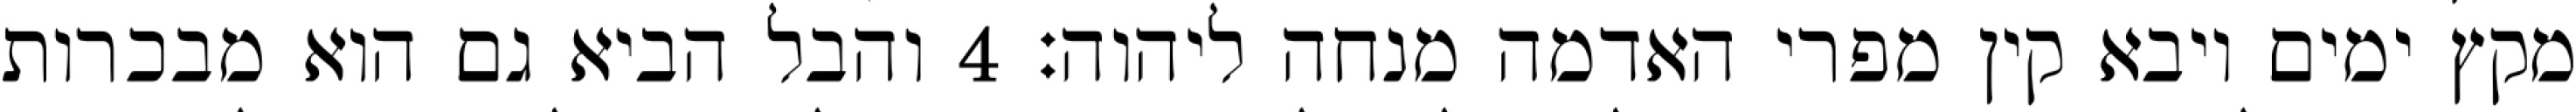
מקץ ימים ויבא קין מפרי האדמה מנחה ליהוה׃ ‎4‏ והבל הביא גם הוא מבכרות